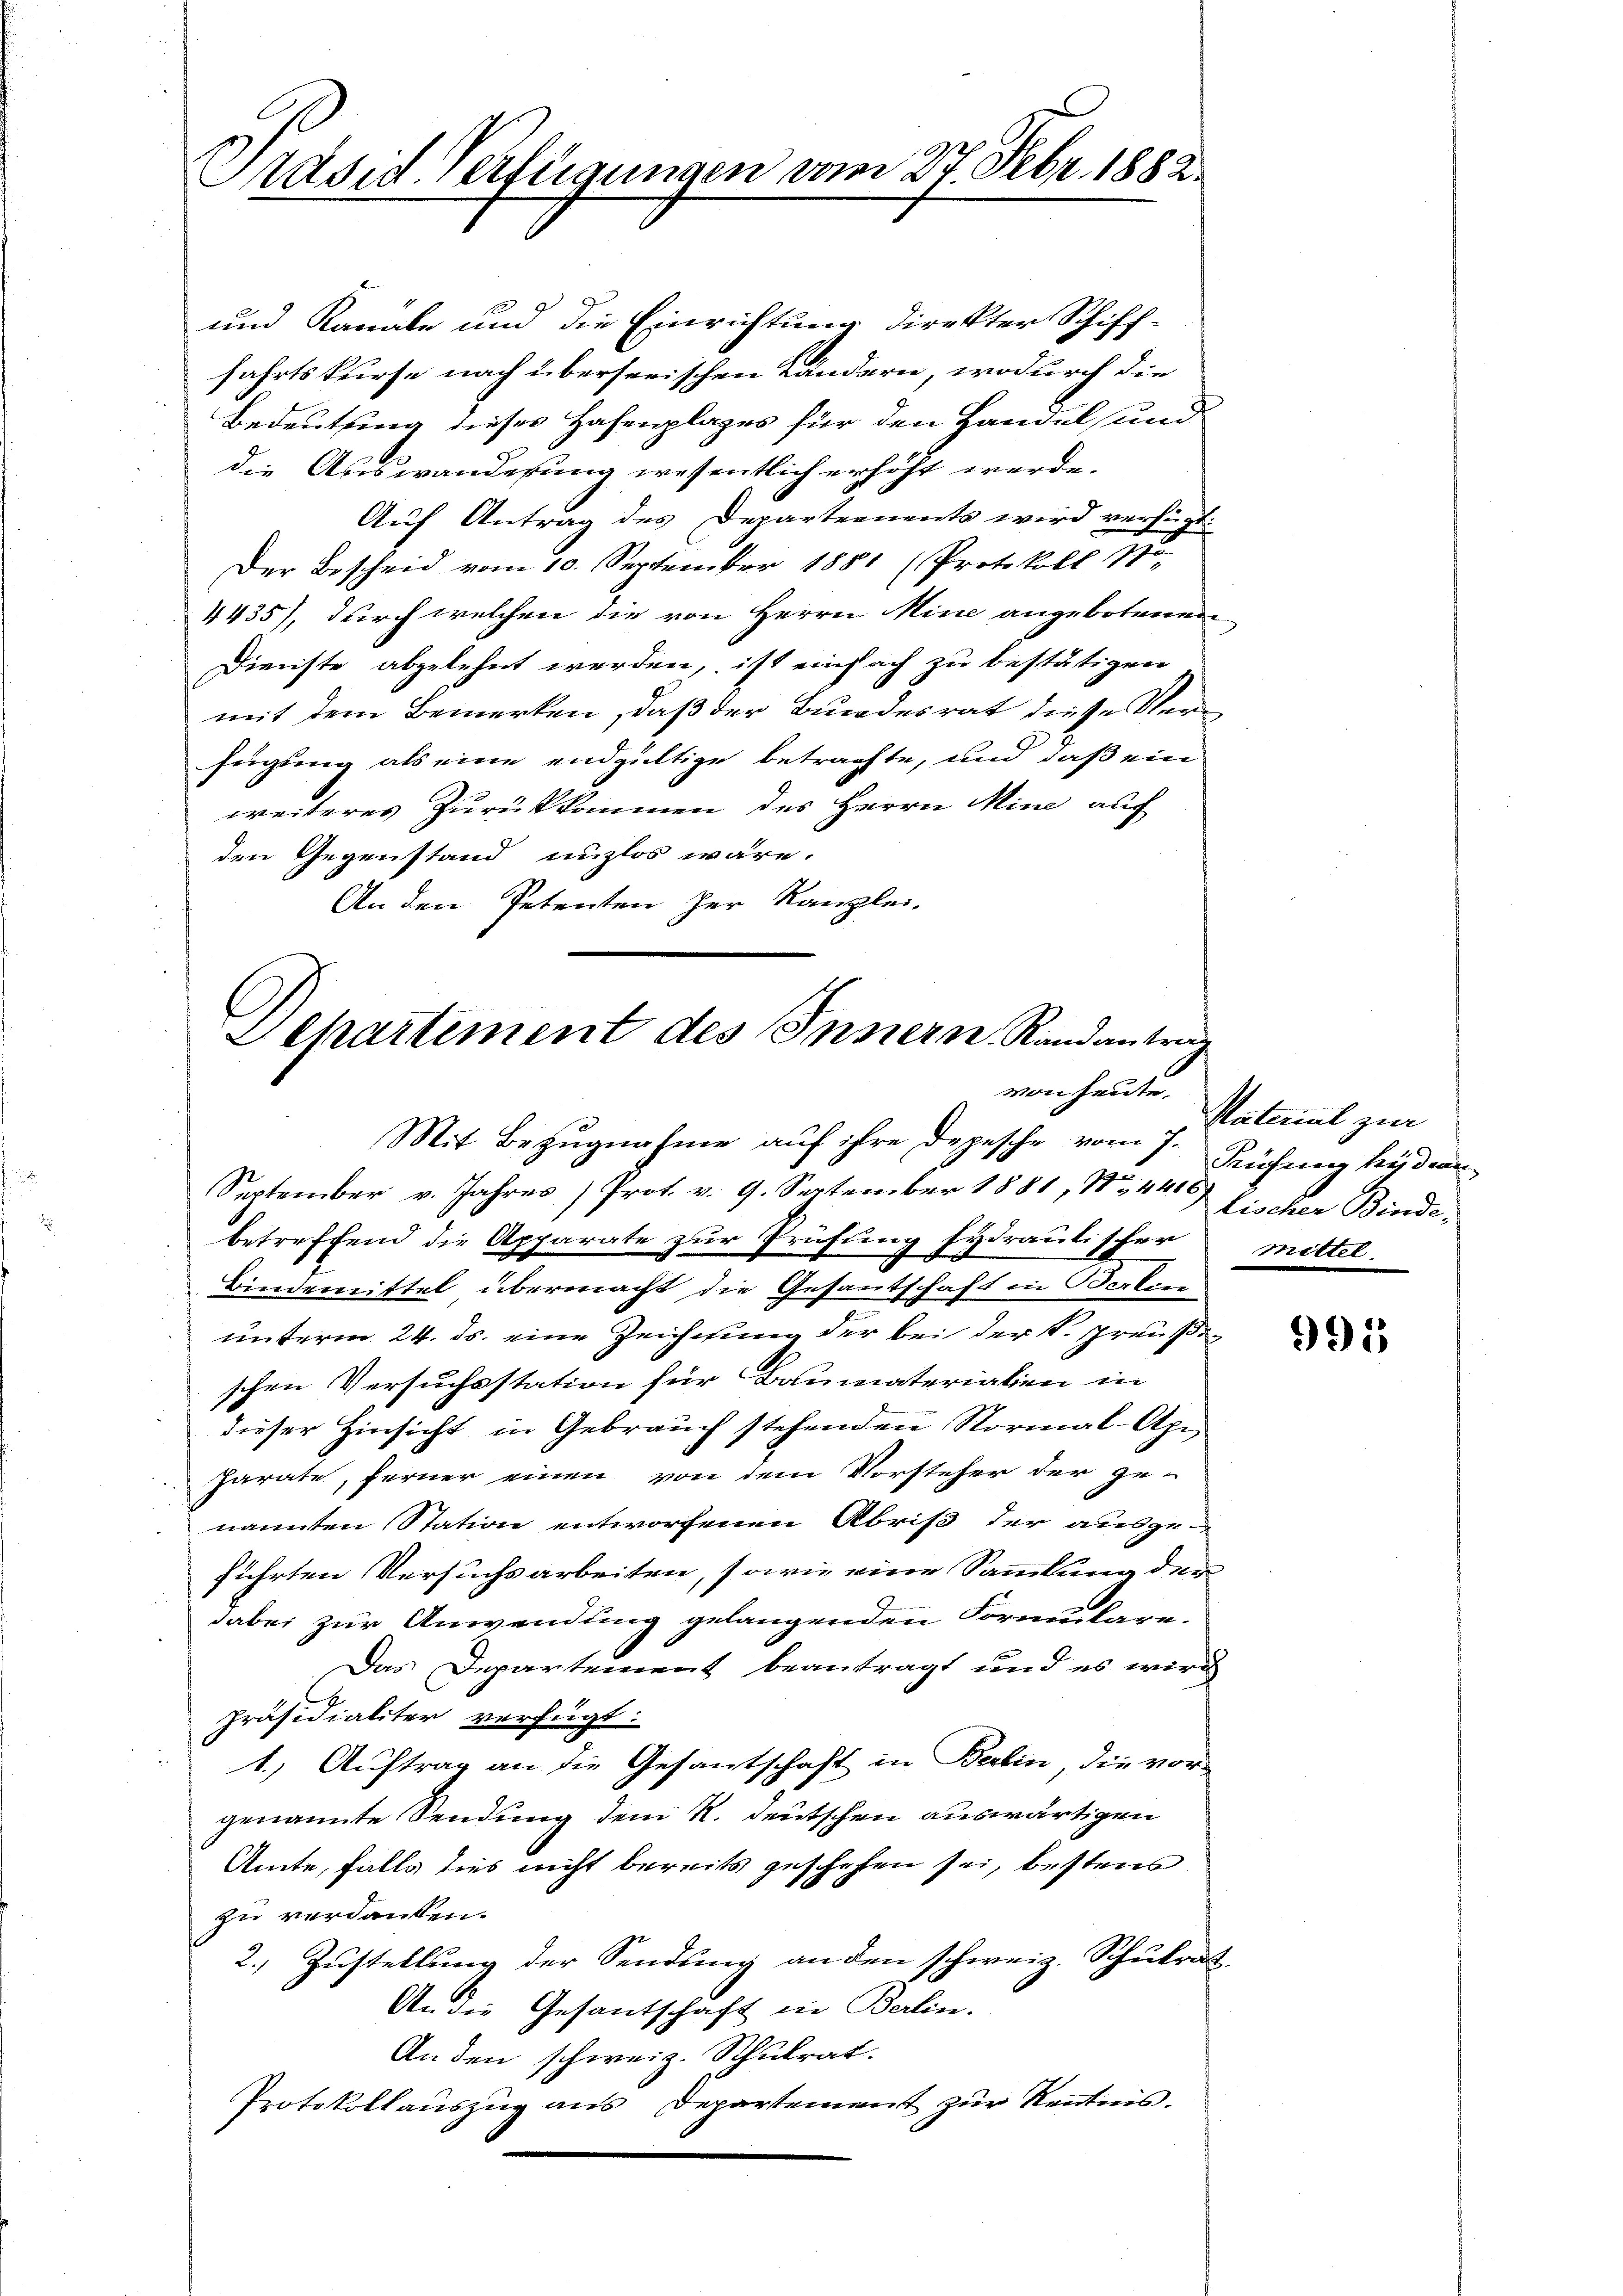
Präsid Verfügungen vom 27. Febr. 1882.

und Kanale und die Einrichtung direkter Schiff-
fahrtskurse nach überserischen Ländern, wodurch die
Bedeutung dieses Hafenplages für den Handel und
die Auswanderung wesentlich erhöht werde.
Auf Antrag des Departennents wird verfügt:
Der Bescheid vom 10. September 1851 (Protokoll No
4435), durch welchen die von Herrn Mine angebotenen
Dienste abgelehnt werden, ist einfach zu bestätigen
mit dem Bemerken, daß der Bundesrat diese Verfügung als eine endgültige betrachte, und daß ein
weiteres Zurükkommen des Herrn Mine auf
den Gegenstand unzlos wäre.
An den Petenten zur Kanzlei-

Schartiment des Innern, Randantrag
von heute.

Mit Bezugnahme auf ihre Depesche vom 7. Rühung beyden
September v. Jahres Prot. v. 9. September 1851, No. 4400 Faden Binde,
betreffend die Apparate zur Prüfung Eydraulischer mittel
d
Bindemittel übermacht die Gesantschaft in Werken
2
unterm 24. ds. eine Zeichnung der bei der K. Preußen
schen Versuchsstation für Baumaterialien in
dieser Hinsicht in Gebrauch stehenden Normal-Api-
parate, ferner einen von dem Vorsteher der ge-
nannten Station entworfenen Abris der ausge-
führten Versuchsarbeiten, sowie eine Sammlung der
dabei zur Anwendung gelangenden Formulare.
Das Departement beantragt und es wird
präsidialiter verfügt:
1.) Auftrag an die Gesantschaft in Berlin, die vorgenannte Sendung dem R. deutschen auswärtigen
Amte, falls dies nicht bereits geschehen sei, bestens
zu verdanken.
2.) Zustellung der Sendung anden schweiz. Schulrat
An die Gesantschaft in Berlin.
An den schweiz. Schulrat.
Protokollauszug aus Departement zur Kenntnis.

Naterial zur

991